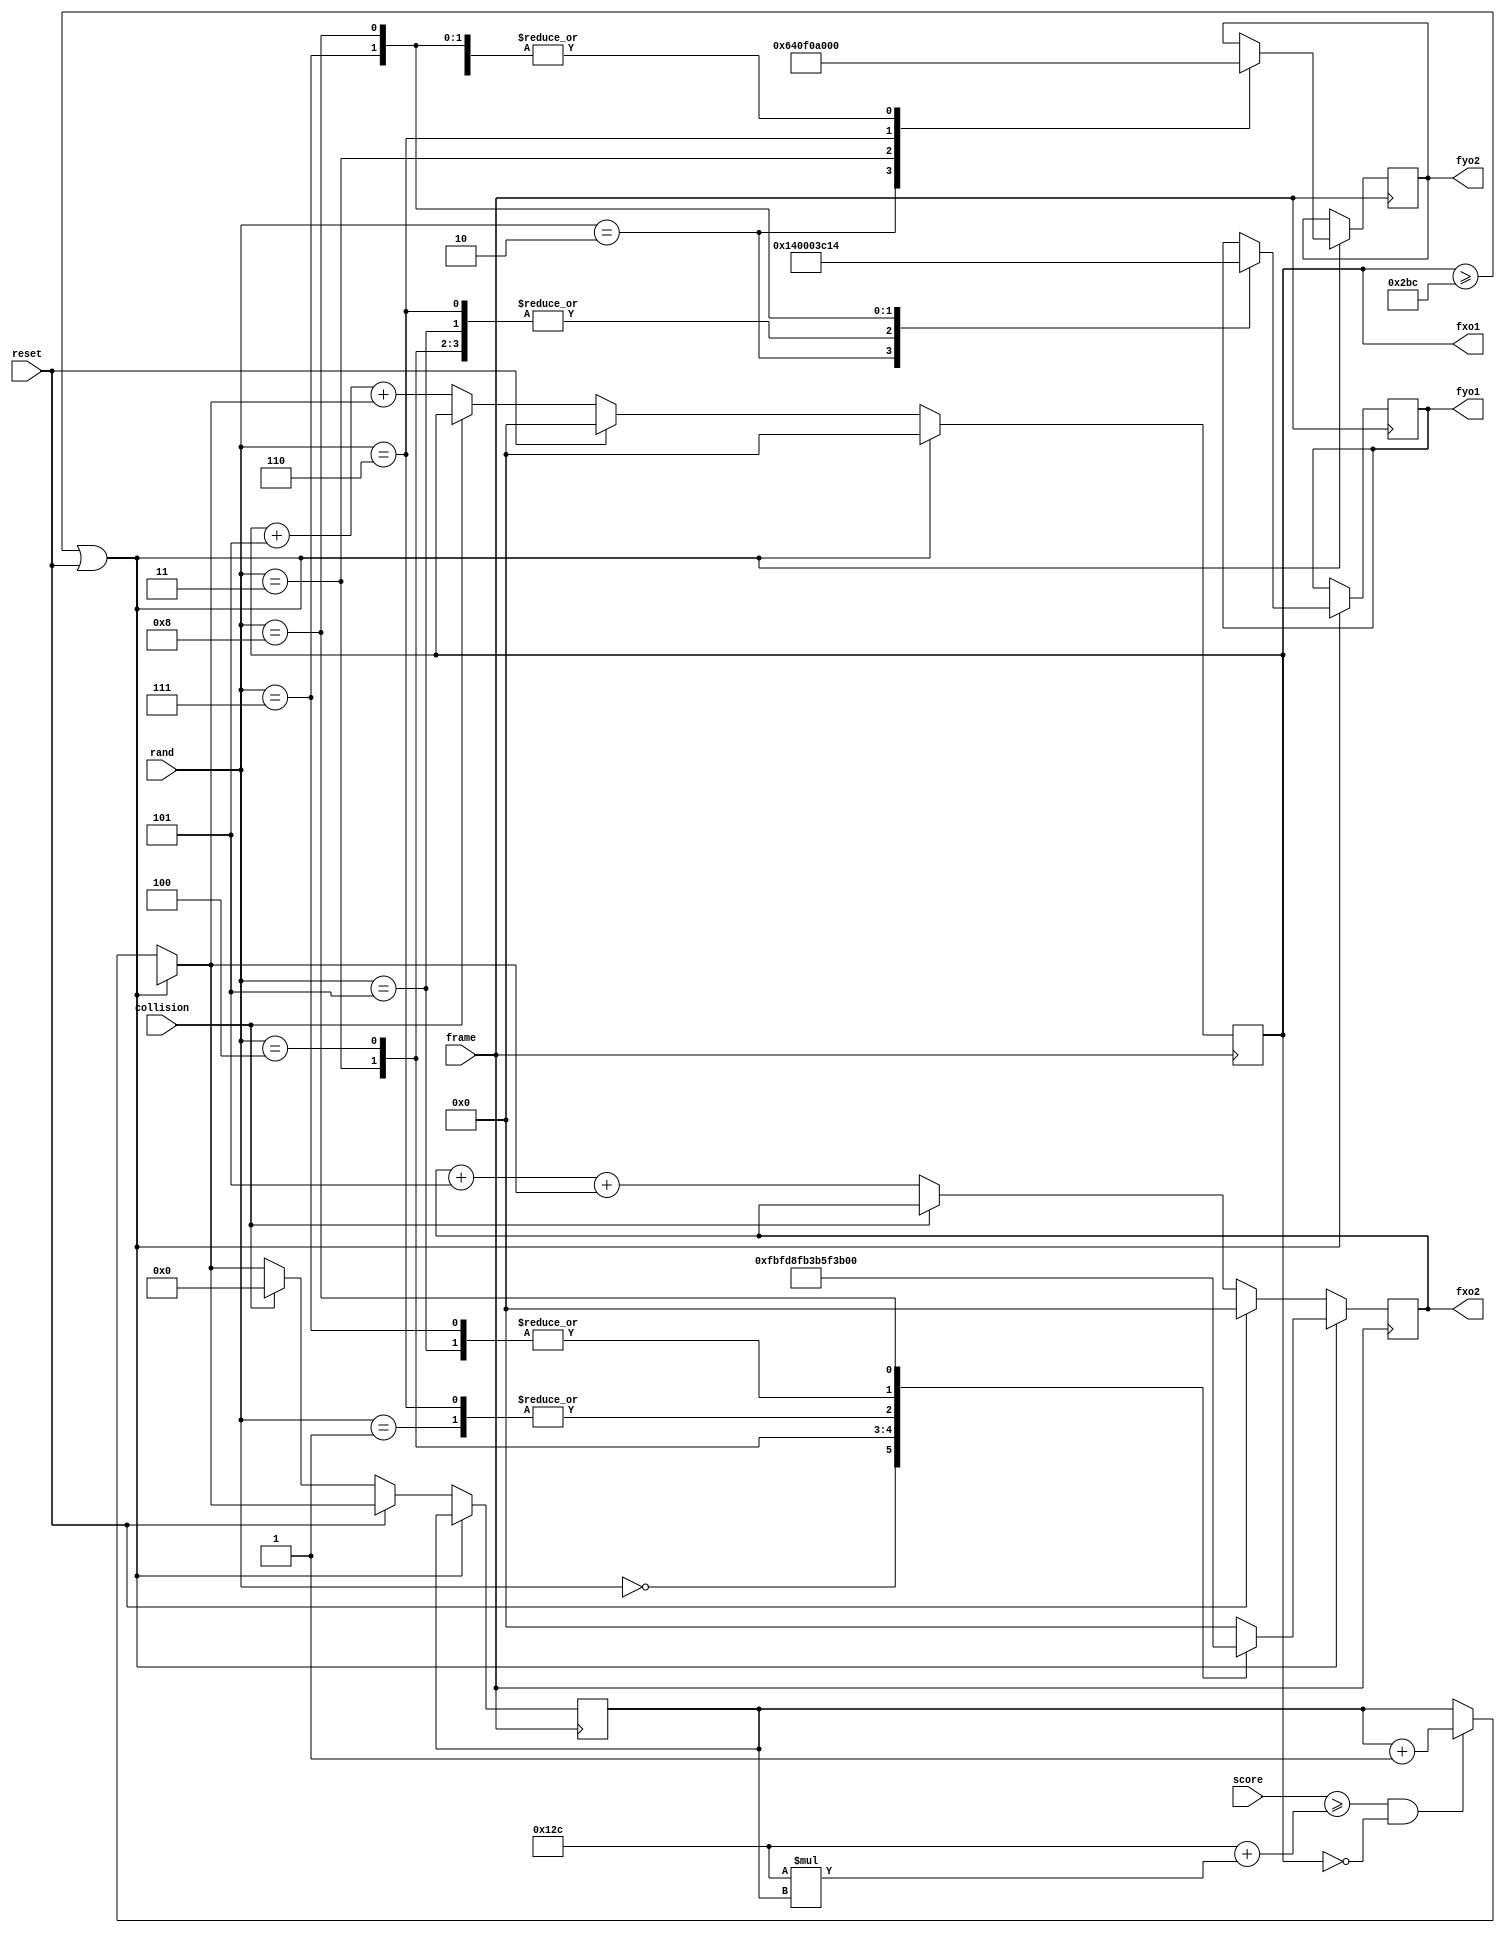
`timescale 1ns / 1ps
//////////////////////////////////////////////////////////////////////////////////
// Company: 
// Engineer: 
// 
// Design Name: 
// Module Name: fireball_controller
// Project Name: 
// Target Devices: 
// Tool Versions: 
// Description: 
// 
// Dependencies: 
// 
// Revision:
// Revision 0.01 - File Created
// Additional Comments:
// 
//////////////////////////////////////////////////////////////////////////////////


module fireball_controller(
    input frame, collision, reset,
    input [11:0] score,
    input [3:0] rand, // this is purposefully too narrow
    output reg [9:0] fxo1, fyo1, fxo2, fyo2 // fireball x & y offsets
    );    
    // Vars
    
    reg [3:0] faster;

    // Init
    initial begin 
        fxo1 = 0; 
        fyo1 = 0;
        fxo2 = 0;
        fyo2 = 0;
        faster = 0;
    end
    
    reg ground = 316;
    
    // Main logic
    always @(posedge frame) begin 
        if (fxo1 >= 700 || reset) begin 
            fxo1 = 0; fxo2 = 0;
            case (rand) 
                0:begin
                    fyo1 = ground; //two at ground
                    fyo2 = ground;
                    fxo2 = -17;
                end 
                1:begin
                    fyo1 = ground; // two at ground small gap
                    fyo2 = ground;
                    fxo2 = -75;
                end 
                2:begin
                    fyo1 = ground + 5; //two elevated
                    fyo2 = ground + 25;
                    fxo2 = 0;
                end 
                3:begin
                    fyo1 = ground; //two, one elevated behind
                    fyo2 = ground + 15;
                    fxo2 = -40;
                end 
                4:begin
                    fyo1 = ground; //two on ground close together 
                    fyo2 = ground;
                    fxo2 = -20;
                end 
                5:begin
                    fyo1 = ground; // two on ground big gap
                    fyo2 = ground;
                    fxo2 = -50;
                end 
                6:begin
                    fyo1 = ground; //two, one above far behind
                    fyo2 = ground + 40;
                    fxo2 = -75;
                end 
                7:begin
                    fyo1 = ground + 15; // two, one above ahead
                    fyo2 = ground;
                    fxo2 = -50;
                end 
                8:begin
                    fyo1 = ground + 20; // two, one above ahead
                    fyo2 = ground;
                    fxo2 = -300;
                end
            endcase
        end else begin
        if (score >= (300 + (300*faster)) && fxo1 == 0) faster = faster + 1;
        if (reset) begin
            fxo1 = 0;
            fxo2 = 0;
        end else if (~collision) begin
            fxo1 = fxo1 + 5 + faster;
            fxo2 = fxo2 + 5 + faster;
        end else if (collision) faster = 0;
        
        end
    end
endmodule